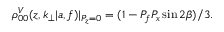
\rho _ { 0 0 } ^ { V } ( z , k _ { \perp } | a , f ) | _ { P _ { z } = 0 } = ( 1 - P _ { f } P _ { x } \sin { 2 \beta } ) / 3 .